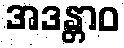
အဒန္တာဝ